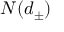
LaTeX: N ( d _ { \pm } )